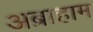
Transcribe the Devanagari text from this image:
अब्राहाम